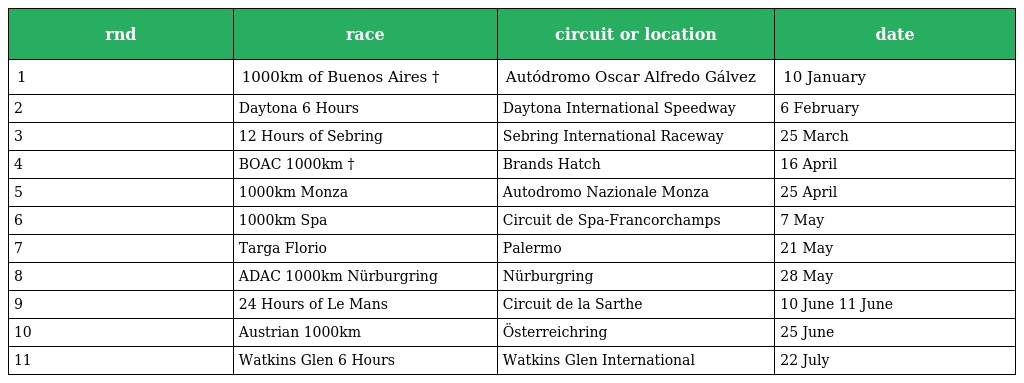
| rnd | race | circuit or location | date |
 | --- | --- | --- | --- |
 | 1 | 1000km of Buenos Aires † | Autódromo Oscar Alfredo Gálvez | 10 January |
 | 2 | Daytona 6 Hours | Daytona International Speedway | 6 February |
 | 3 | 12 Hours of Sebring | Sebring International Raceway | 25 March |
 | 4 | BOAC 1000km † | Brands Hatch | 16 April |
 | 5 | 1000km Monza | Autodromo Nazionale Monza | 25 April |
 | 6 | 1000km Spa | Circuit de Spa-Francorchamps | 7 May |
 | 7 | Targa Florio | Palermo | 21 May |
 | 8 | ADAC 1000km Nürburgring | Nürburgring | 28 May |
 | 9 | 24 Hours of Le Mans | Circuit de la Sarthe | 10 June 11 June |
 | 10 | Austrian 1000km | Österreichring | 25 June |
 | 11 | Watkins Glen 6 Hours | Watkins Glen International | 22 July |